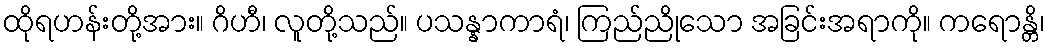
ထိုရဟန်းတို့အား။ ဂိဟီ၊ လူတို့သည်။ ပသန္နာကာရံ၊ ကြည်ညိုသော အခြင်းအရာကို။ ကရောန္တိ၊